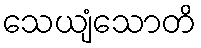
သေယျံသောတိ